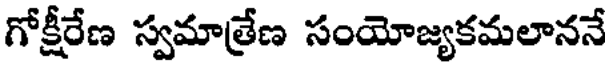
గోక్షీరేణ స్వమాత్రేణ సంయోజ్యకమలాననే